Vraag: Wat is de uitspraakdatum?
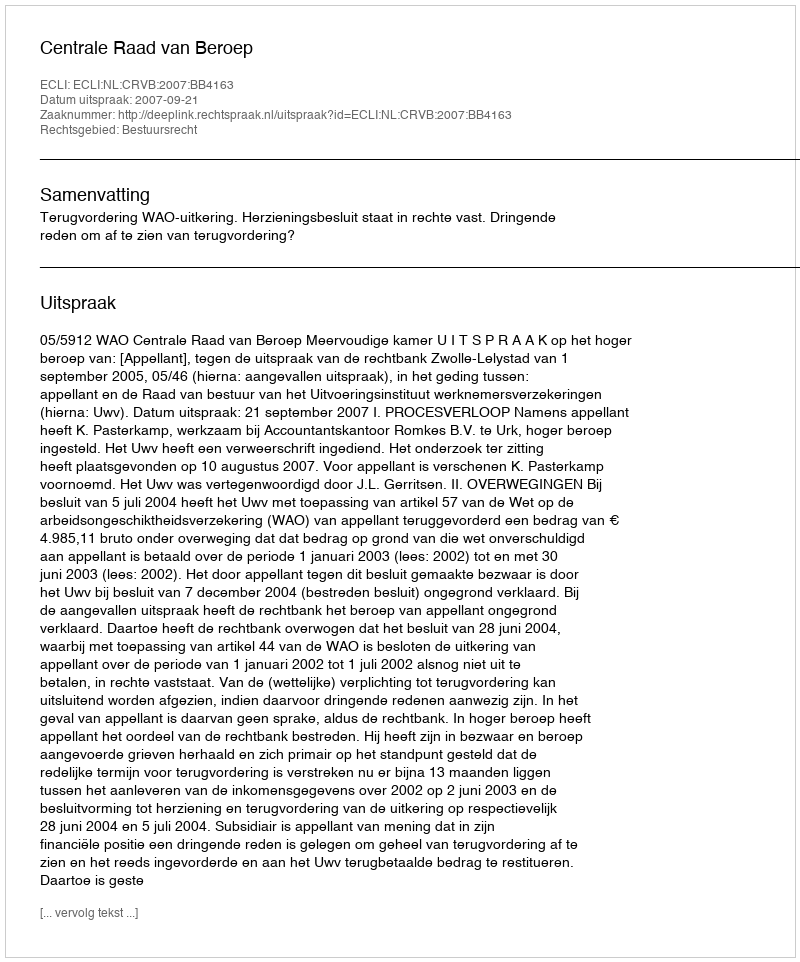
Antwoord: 2007-09-21